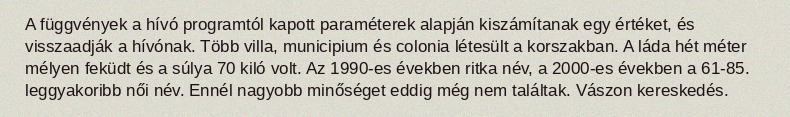
A függvények a hívó programtól kapott paraméterek alapján kiszámítanak egy értéket, és visszaadják a hívónak. Több villa, municipium és colonia létesült a korszakban. A láda hét méter mélyen feküdt és a súlya 70 kiló volt. Az 1990-es években ritka név, a 2000-es években a 61-85. leggyakoribb női név. Ennél nagyobb minőséget eddig még nem találtak. Vászon kereskedés.